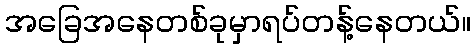
အခြေအနေတစ်ခုမှာရပ်တန့်နေတယ်။